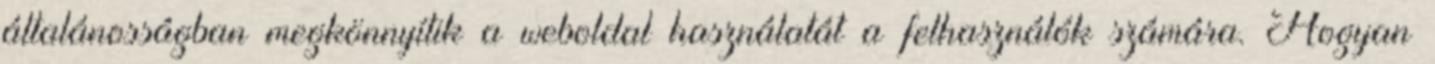
általánosságban megkönnyítik a weboldal használatát a felhasználók számára. Hogyan